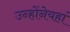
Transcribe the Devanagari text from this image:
उन्होंनेयहां